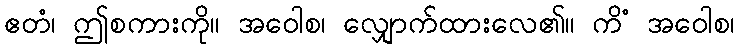
ဧတံ၊ ဤစကားကို။ အဝေါစ၊ လျှောက်ထားလေ၏။ ကိံ အဝေါစ၊